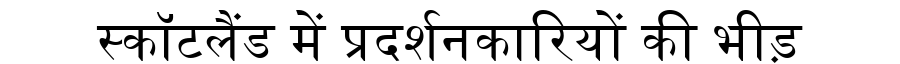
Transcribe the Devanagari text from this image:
स्कॉटलैंड में प्रदर्शनकारियों की भीड़